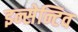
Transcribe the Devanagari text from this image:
इन्सेन्टिव